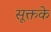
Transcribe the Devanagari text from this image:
सूक्तके